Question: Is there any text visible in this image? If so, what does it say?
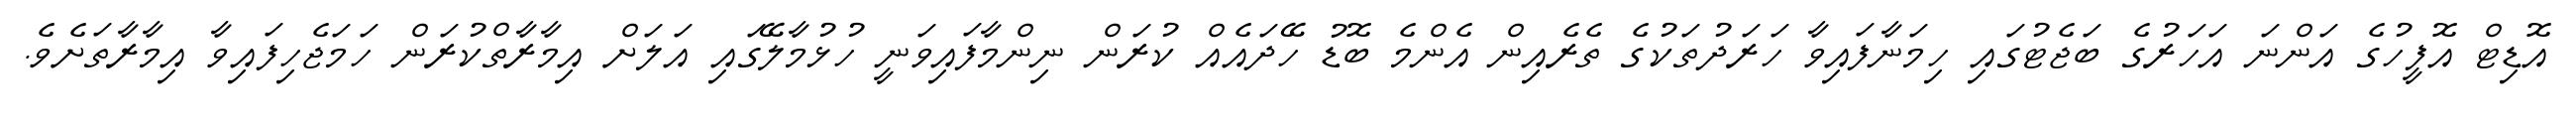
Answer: އޮޑިޓް އޮފީހުގެ އަންނަ އަހަރުގެ ބަޖެޓުގައި ހިމަނާފައިވާ ހަރަދުތަކުގެ ތެރެއިން އެންމެ ބޮޑު ހޭދައެއް ކުރަން ނިންމާފައިވަނީ ހުޅުމާލޭގައި އަލަށް އިމާރާތްކުރަން ހަމަޖެހިފައިވާ އިމާރާތަށެވެ.